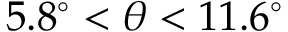
5 . 8 ^ { \circ } < \theta < 1 1 . 6 ^ { \circ }